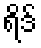
ရိဒ်